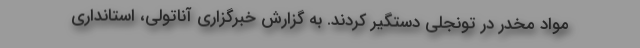
مواد مخدر در تونجلی دستگیر کردند. به گزارش خبرگزاری آناتولی، استانداری